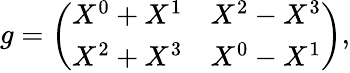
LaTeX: g=\left(\begin{array}{ccc}{{X^{0}+X^{1}}}&{{X^{2}-X^{3}}}\\ {{X^{2}+X^{3}}}&{{X^{0}-X^{1}}}\end{array}\right),